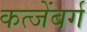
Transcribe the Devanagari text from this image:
कत्जेंबर्ग